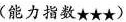
(能力指数★★★)